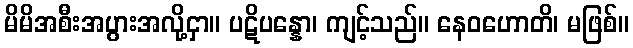
မိမိအစီးအပွားအလို့ငှာ။ ပဋိပန္နော၊ ကျင့်သည်။ နေဝဟောတိ၊ မဖြစ်။